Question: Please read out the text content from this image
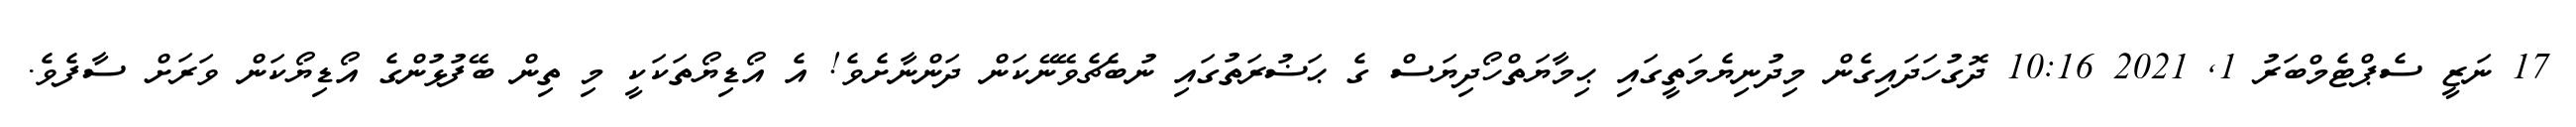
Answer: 17 ނަޒީ ސެޕްޓެމްބަރު 1, 2021 10:16 ދޮގުހަދައިގެން މިދުނިޔެމަތީގައި ޙިމާޔަތްހޯދިޔަސް ގެ ޙަޟުރަތުގައި ނުބެޗެވޭނޭކަން ދަންނާށެވެ! އެ އޯޑިޔޯތަކަކީ މި ތިން ބޭފުޅުންގެ އޯޑިޔޯކަން ވަރަށް ސާފެވެ.